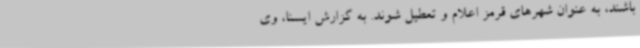
باشند، به عنوان شهرهای قرمز اعلام و تعطیل شوند. به گزارش ایسنا، وی